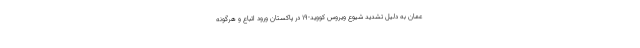
عمان به دلیل تشدید شیوع ویروس کووید-۱۹ در پاکستان ورود اتباع و هرگونه